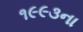
૧૯૯૩ના